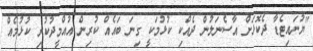
"ޔުނައިޓެޑާ ދެކޮޅަށް އާސެނަލުން ދެއްކި ކުޅުމަކީ ގިނަ ބައެއް ކުރިން އުއްމީދުކުރި ކުޅުމެއް